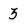
Character: 3